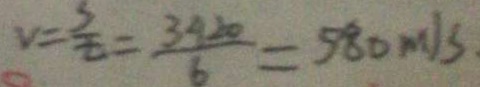
v = \frac { s } { t } = \frac { 3 4 2 0 } { 6 } = 5 8 0 m / s .